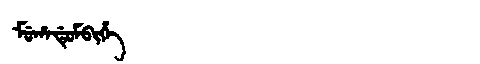
Manchu: ᠮᡠᡥᠠᡩᡠᠮᠪᡳᡥᡝ
Romanization: MUHADUMBIHE